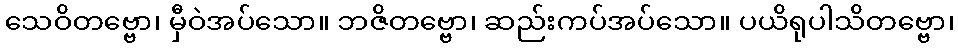
သေဝိတဗ္ဗော၊ မှီဝဲအပ်သော။ ဘဇိတဗ္ဗော၊ ဆည်းကပ်အပ်သော။ ပယိရုပါသိတဗ္ဗော၊